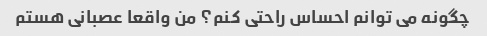
چگونه می توانم احساس راحتی کنم؟ من واقعا عصبانی هستم